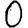
Digit: 0